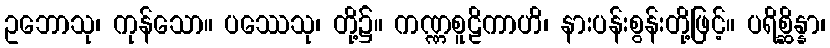
ဥဘောသု၊ ကုန်သော။ ပဿေသု၊ တို့၌။ ကဏ္ဏစူဠိကာဟိ၊ နားပန်းစွန်းတို့ဖြင့်။ ပရိစ္ဆိန္နာ၊